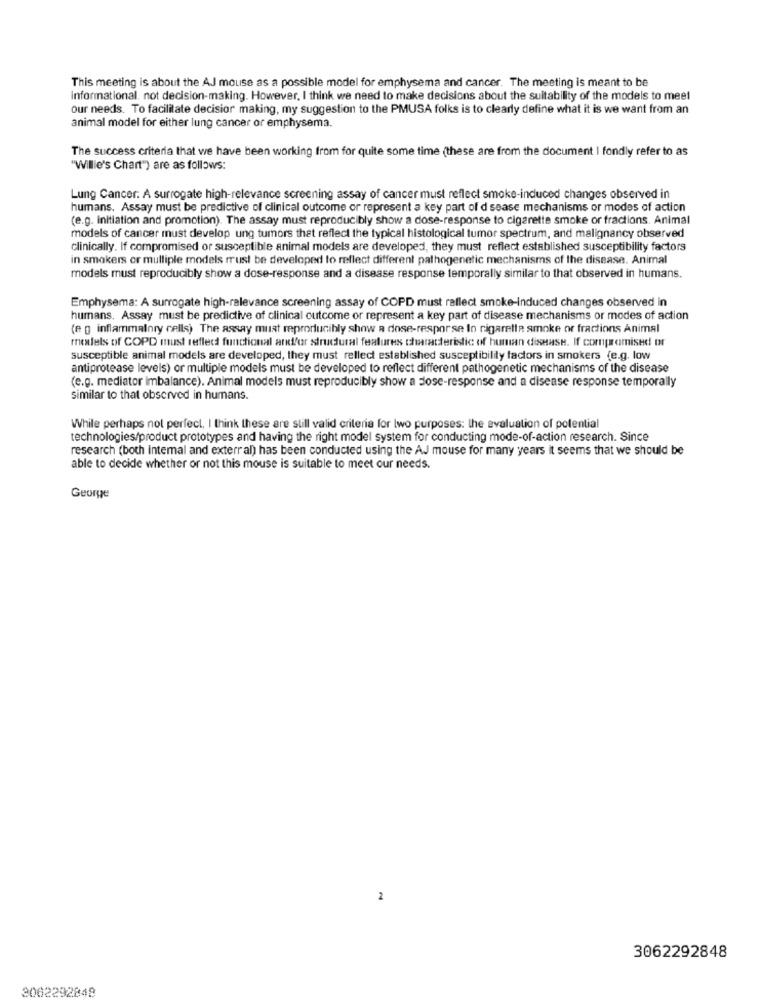
This meeting is about the AJ mouse as a possible model for emphysema and cancer. The meeting is meant to be
informational. not decision-making. However, I think we need to make decisions about the suitability of the models to meet
our needs. To facilitate decisior making, my suggestion to the PMUSA folks is to clearly define what it is we want from an
animal model for either lung cancer or emphysema.
The success criteria that we have been working from for quite some time (these are from the document | fondly refer to as
"Wille's Chart") are as follows:
Lung Cancer: A surrogate high-relevance screening assay of cancer must reflect smoke-induced changes observed in
humans. Assay must be predictive of clinical outcome or represent a key part of d sease mechanisms or modes of action
(e.g. initiation and promotion). The assay must reproducibly show a dose-response to cigarette smoke or fractions. Animal
models of cancer must develop ung tumors that reflect the typical histological tumor spectrum, and malignancy observed
clinically. If compromised or susceptible animal models are developed, they must reflect established susceptibility factors
in smokers or mulliple models must be developed to reflect different pathogenetic mechanisms of the disease. Animal
models must reproducibly show a dose-response and a disease response temporally similar to that observed in humans.
Emphysema: A surrogate high-relevance screening assay of COPD must reflect smoke-induced changes observed in
humans. Assay must be predictive of clinical outcome or represent a key part of disease mechanisms or modes of action
(e g inflammatory cells) The assay must reproducibly show a dose-resporse lo cigarette smoke or fractions Animal
models of COPD must reflect functional and/or strudural features characteristic of human disease. If compromised or
susceptible animal models are developed, they must reflect established susceptibility factors in smokers (e.g. low
antiprotease levels) or multiple models must be developed to reflect different pathogenetic mechanisms of the disease
(e.g. mediator imbalance). Animal models must reproducibly show a dose-response and a disease response temporally
similar to that observed in humans.
While perhaps not perfect, I think these are still valid criteria for two purposes: the evaluation of potential
technologies/product prototypes and having the right model system for conducting mode-of-action research. Since
research (both intemal and exterral) has been conducted using the AJ mouse for many years it seems that we should be
able to decide whether or not this mouse is suitable to meet our needs.
George
2
3062292848
3062292848